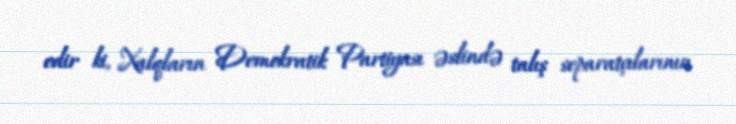
edir ki, Xalqların Demokratik Partiyası əslində talış separatçılarının